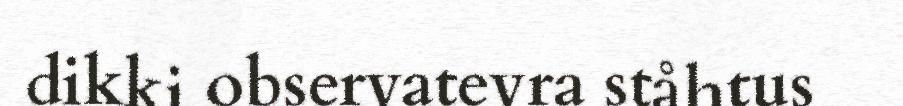
dikki observatevra ståhtus